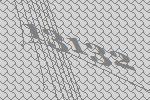
13132